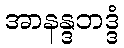
အာနန္ဒဘဒ္ဒံ